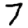
Digit: 7